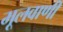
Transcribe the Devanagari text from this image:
मूलवाणी